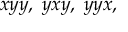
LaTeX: x y y , \; y x y , \; y y x ,